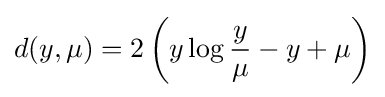
d(y,\mu )=2\left(y\log {\frac {y}{\mu }}-y+\mu \right)